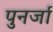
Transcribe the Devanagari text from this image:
पुनर्जा